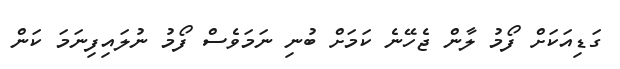
ގަޑިއަކަށް ފޯމު ލާން ޖެހޭނެ ކަމަށް ބުނި ނަމަވެސް ފޯމު ނުލައިފިނަމަ ކަން